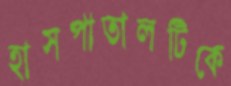
হাসপাতালটিকে